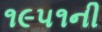
૧૯૫૧ની